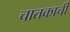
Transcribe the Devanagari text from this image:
चातकाची